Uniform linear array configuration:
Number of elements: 16
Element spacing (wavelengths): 1
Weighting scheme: uniform
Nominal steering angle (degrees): -45
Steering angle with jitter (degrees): -44.54
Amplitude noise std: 0.05
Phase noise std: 0.05

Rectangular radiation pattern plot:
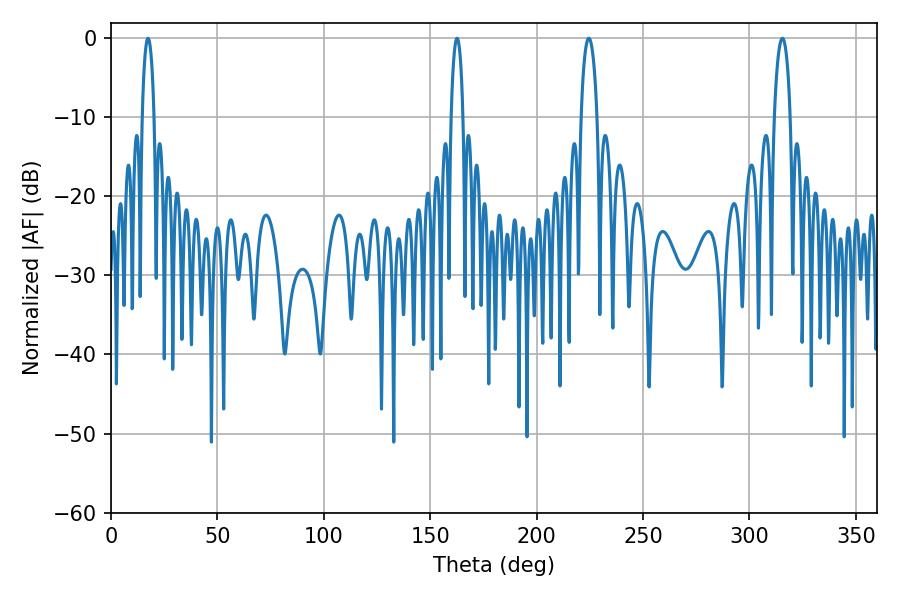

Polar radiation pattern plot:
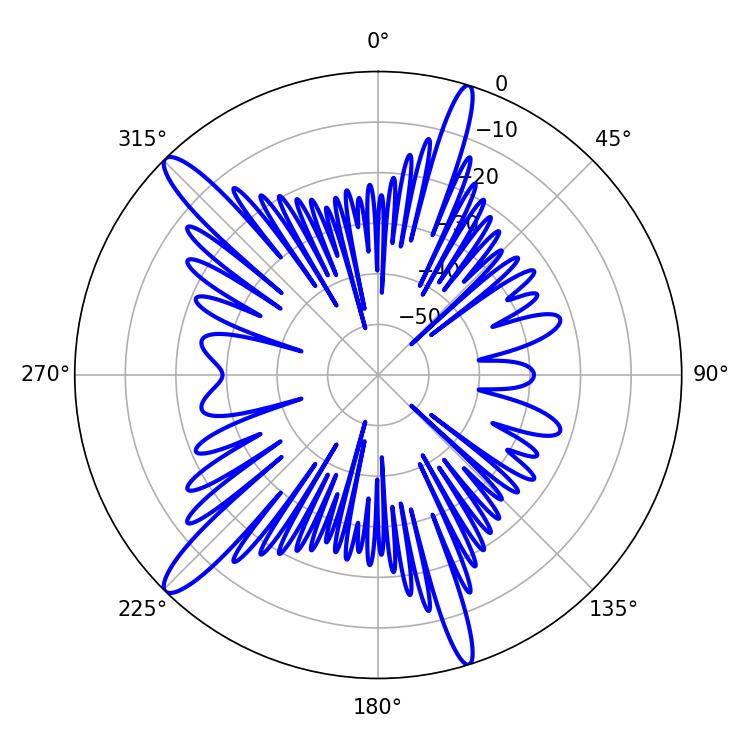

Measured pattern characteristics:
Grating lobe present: TRUE
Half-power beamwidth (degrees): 4.14
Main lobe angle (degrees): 224.46